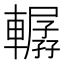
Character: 轏